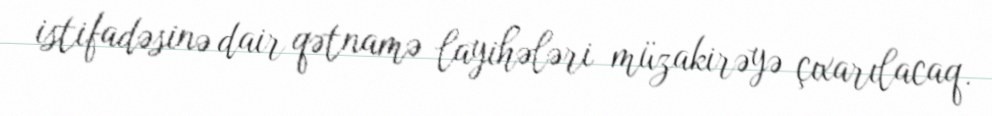
istifadəsinə dair qətnamə layihələri müzakirəyə çıxarılacaq.